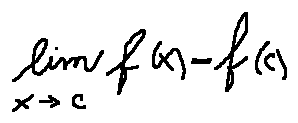
\lim \limits _ { x \rightarrow c } f ( x ) = f ( c )